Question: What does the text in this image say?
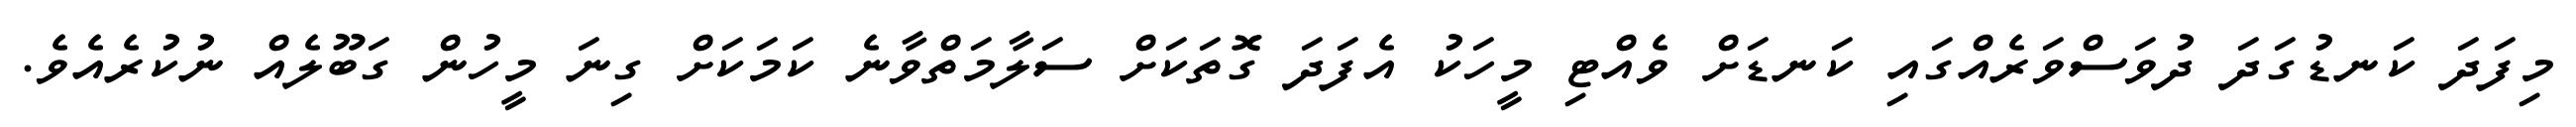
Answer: މިފަދަ ކަނޑުގަދަ ދުވަސްވަރެއްގައި ކަނޑަށް ވެއްޓި މީހަކު އެފަދަ ގޮތަކަށް ސަލާމަތްވާނެ ކަމަކަށް ގިނަ މީހުން ގަބޫލެއް ނުކުރެއެވެ.